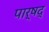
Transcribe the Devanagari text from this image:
पार्षद्